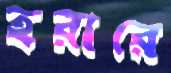
হরারে